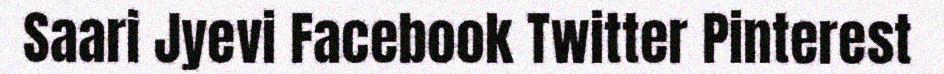
Saari Jyevi Facebook Twitter Pinterest